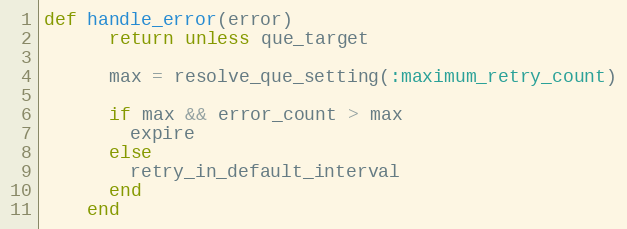
Language: Ruby
def handle_error(error)
      return unless que_target

      max = resolve_que_setting(:maximum_retry_count)

      if max && error_count > max
        expire
      else
        retry_in_default_interval
      end
    end